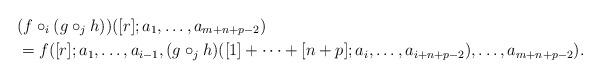
LaTeX: \begin{align*}&(f \circ_i (g \circ_j h)) ([r]; a_1, \ldots, a_{m+n+p-2}) \\&= f ( [r]; a_1, \ldots, a_{i-1}, (g \circ_j h) ([1]+ \cdots+[n+p]; a_i, \ldots, a_{i+n+p-2}), \ldots, a_{m+n+p-2}).\end{align*}